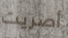
أصريت